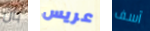
بأن عريس آسف